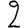
Digit: 2